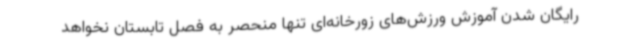
رایگان شدن آموزش ورزش‌های زورخانه‌ای تنها منحصر به فصل تابستان نخواهد